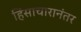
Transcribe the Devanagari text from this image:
हिंसाचारानंतर